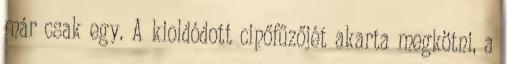
már csak egy. A kioldódott cipőfűzőjét akarta megkötni, a